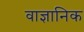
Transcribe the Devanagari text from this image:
वाज्ञानिक